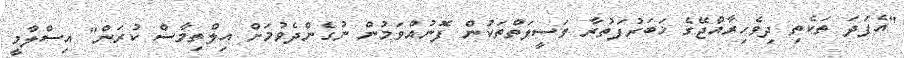
"އެފަދަ ތަކެތި ދިވެހިރާއްޖޭގެ ޚަބަރުފަތުރާ ވަސީލަތްތަކުން ފޮނުއްވަމުން ނުގެންދެވުމަށް އިލްތިމާސް ކުރަން" އިސްލާމީ